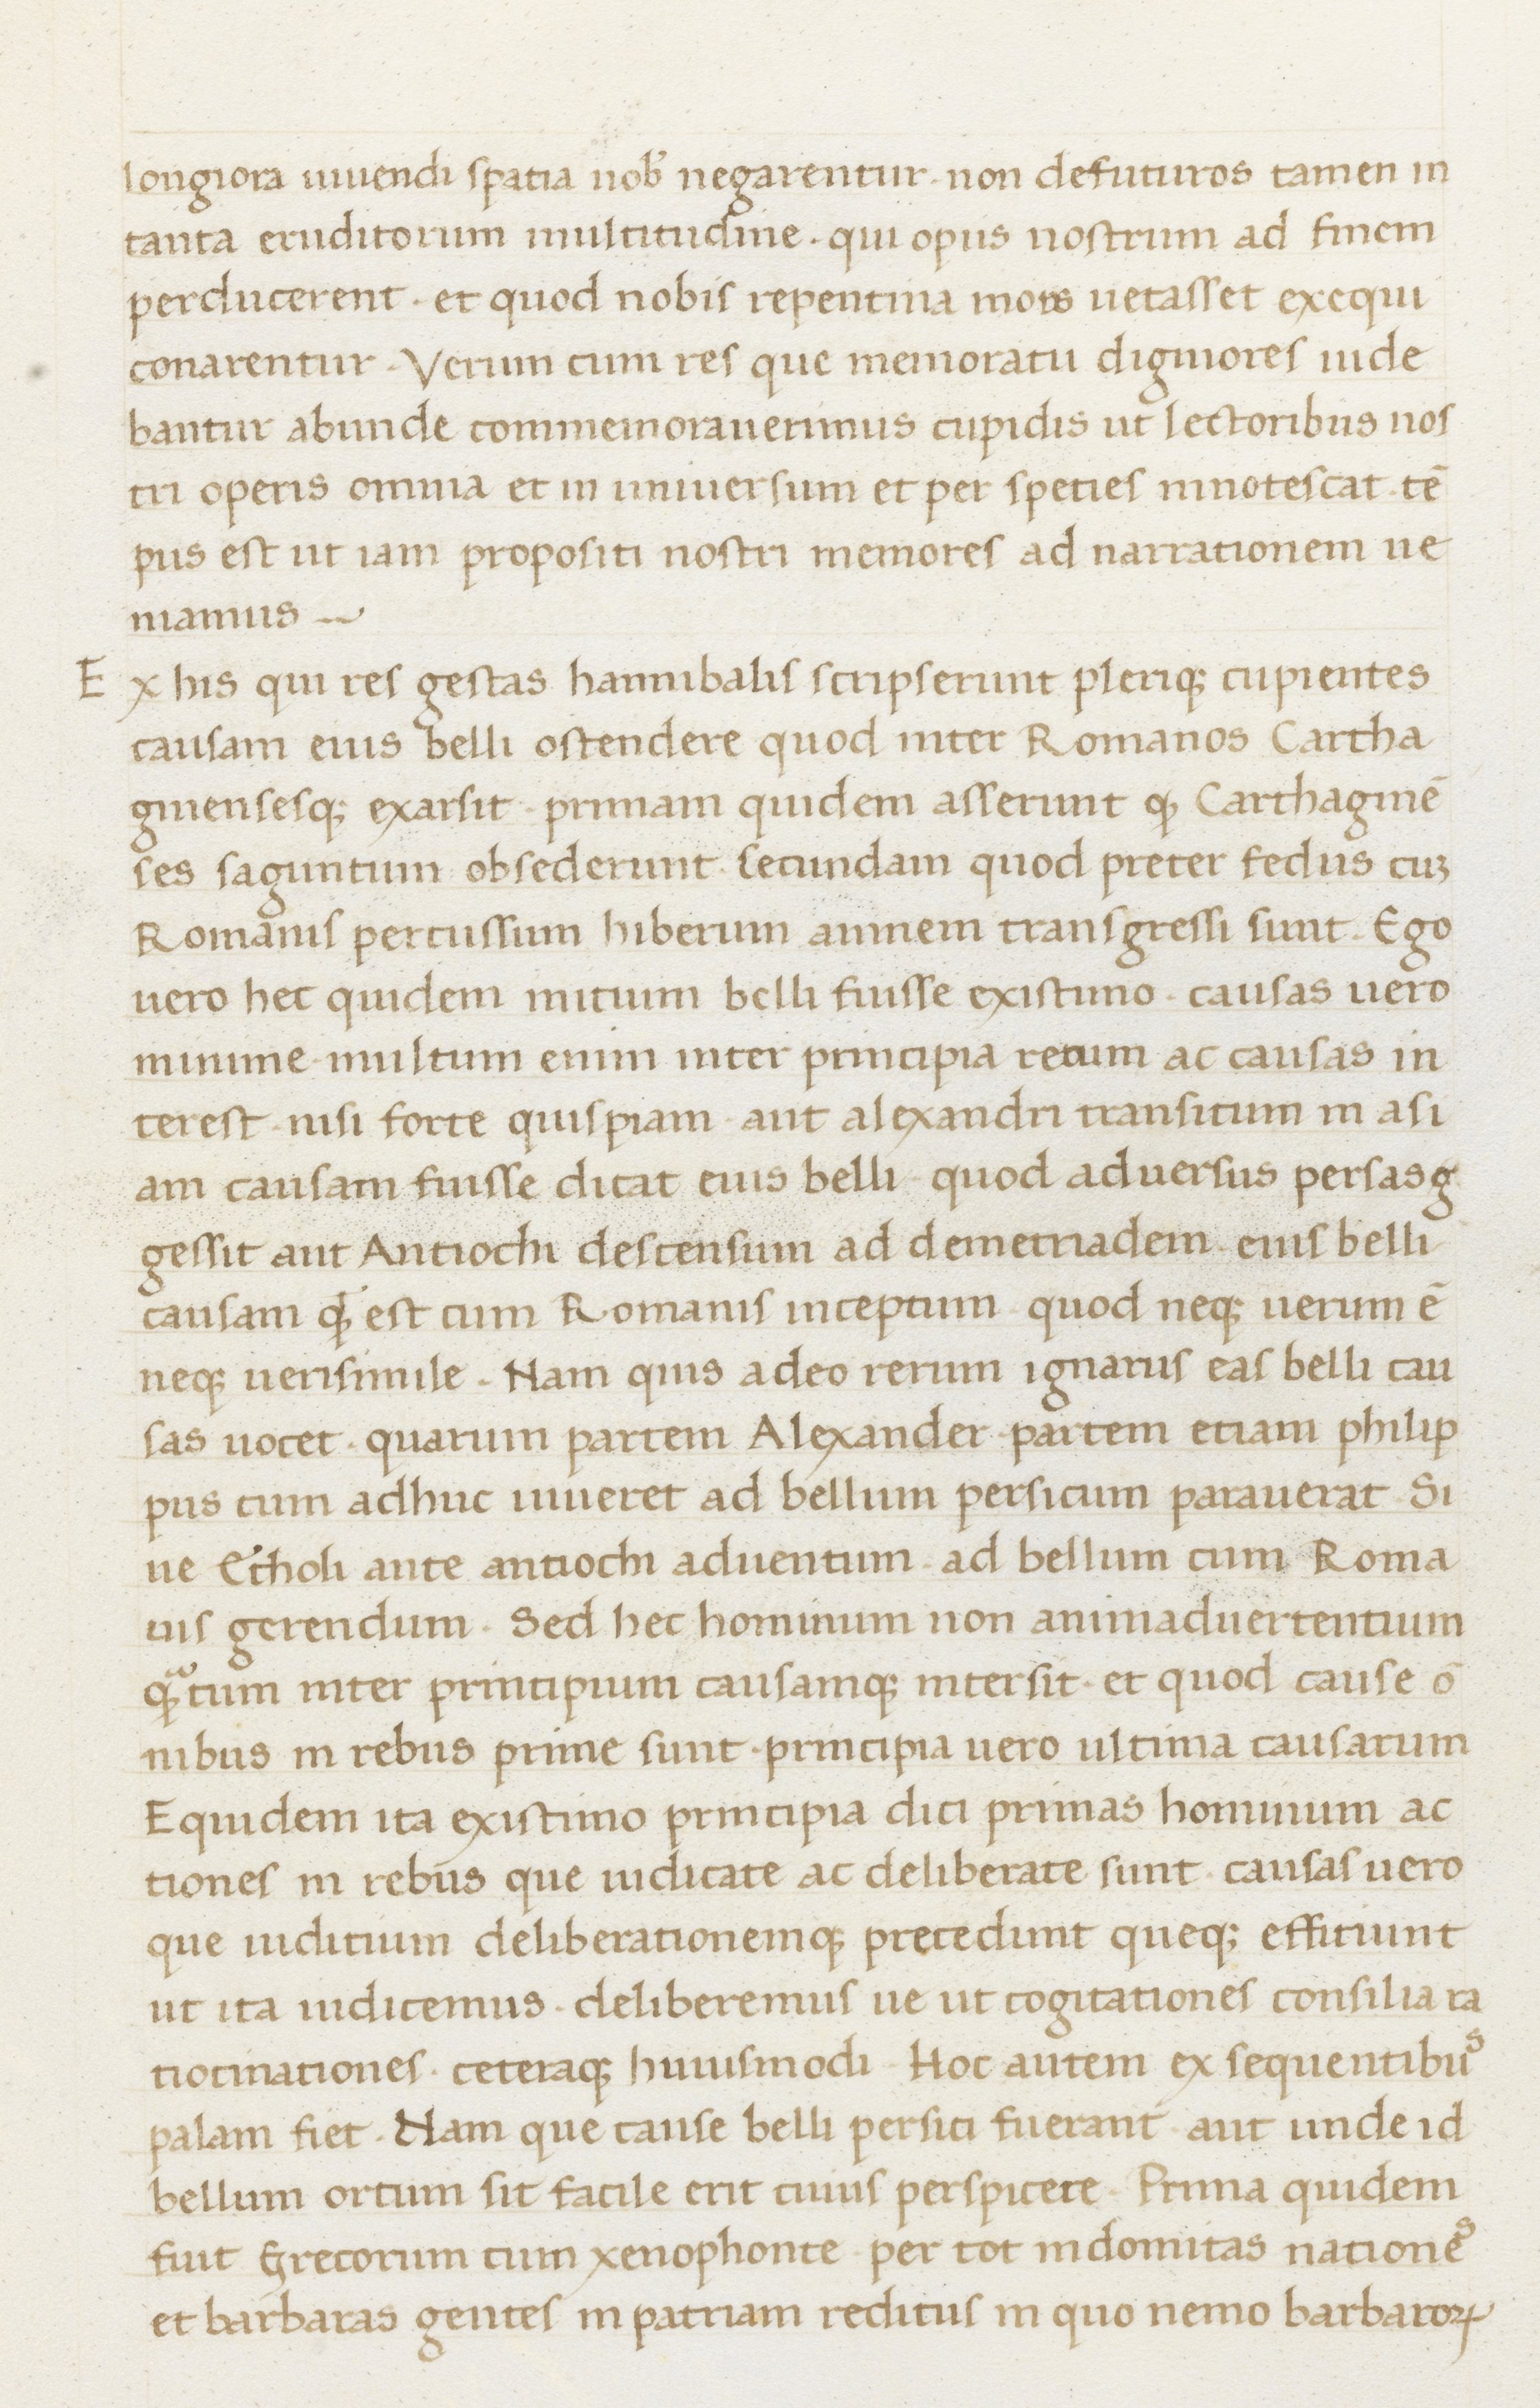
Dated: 1400–1499